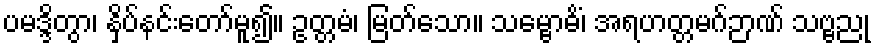
ပမဒ္ဒိတွာ၊ နှိပ်နင်းတော်မူ၍။ ဥတ္တမံ၊ မြတ်သော။ သမ္ဗောဓိံ၊ အရဟတ္တမဂ်ဉာဏ် သဗ္ဗညု